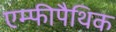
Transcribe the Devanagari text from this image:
एम्फीपैथिक